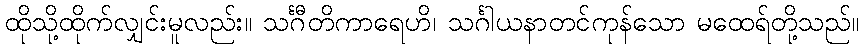
ထိုသို့ထိုက်လျှင်းမူလည်း။ သင်္ဂီတိကာရေဟိ၊ သင်္ဂါယနာတင်ကုန်သော မထေရ်တို့သည်။